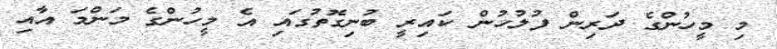
މި މީހުންގެ ދަރިން ފުލުހުން ކައިރީ ބުނިގޮތުގައި އެ މީހުންގެ މަންމަ އާއި